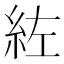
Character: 𮈇